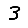
Digit: 3